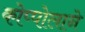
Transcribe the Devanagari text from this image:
कोप्पोलाने